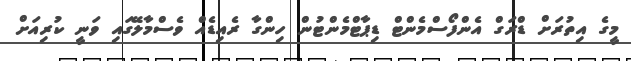
މީގެ އިތުރަށް ޑްރަގް އެންފޯސްމެންޓް ޑިޕާޓްމެންޓުން ހިންގާ ރެއިޑެއް ވެސްމާލޭގައި ވަނީ ކުރިއަށް